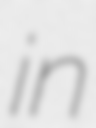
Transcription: in